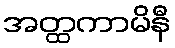
အတ္ထကာမိနီ